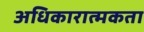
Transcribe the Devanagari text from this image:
अधिकारात्मकता